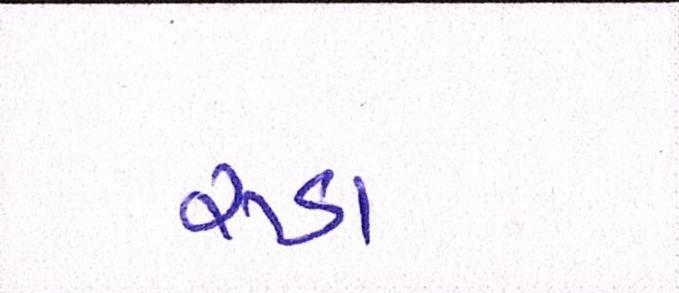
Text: રૂડા